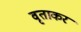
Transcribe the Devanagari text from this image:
वृताकर